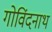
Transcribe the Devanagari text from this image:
गोविंदनाथ